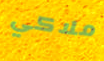
ملاكي